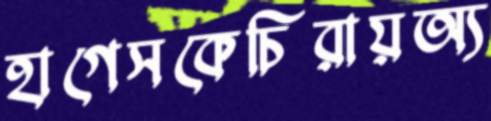
হাগেসকেচিরায়অ্য